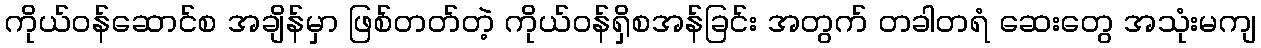
ကိုယ်ဝန်ဆောင်စ အချိန်မှာ ဖြစ်တတ်တဲ့ ကိုယ်ဝန်ရှိစအန်ခြင်း အတွက် တခါတရံ ဆေးတွေ အသုံးမကျ